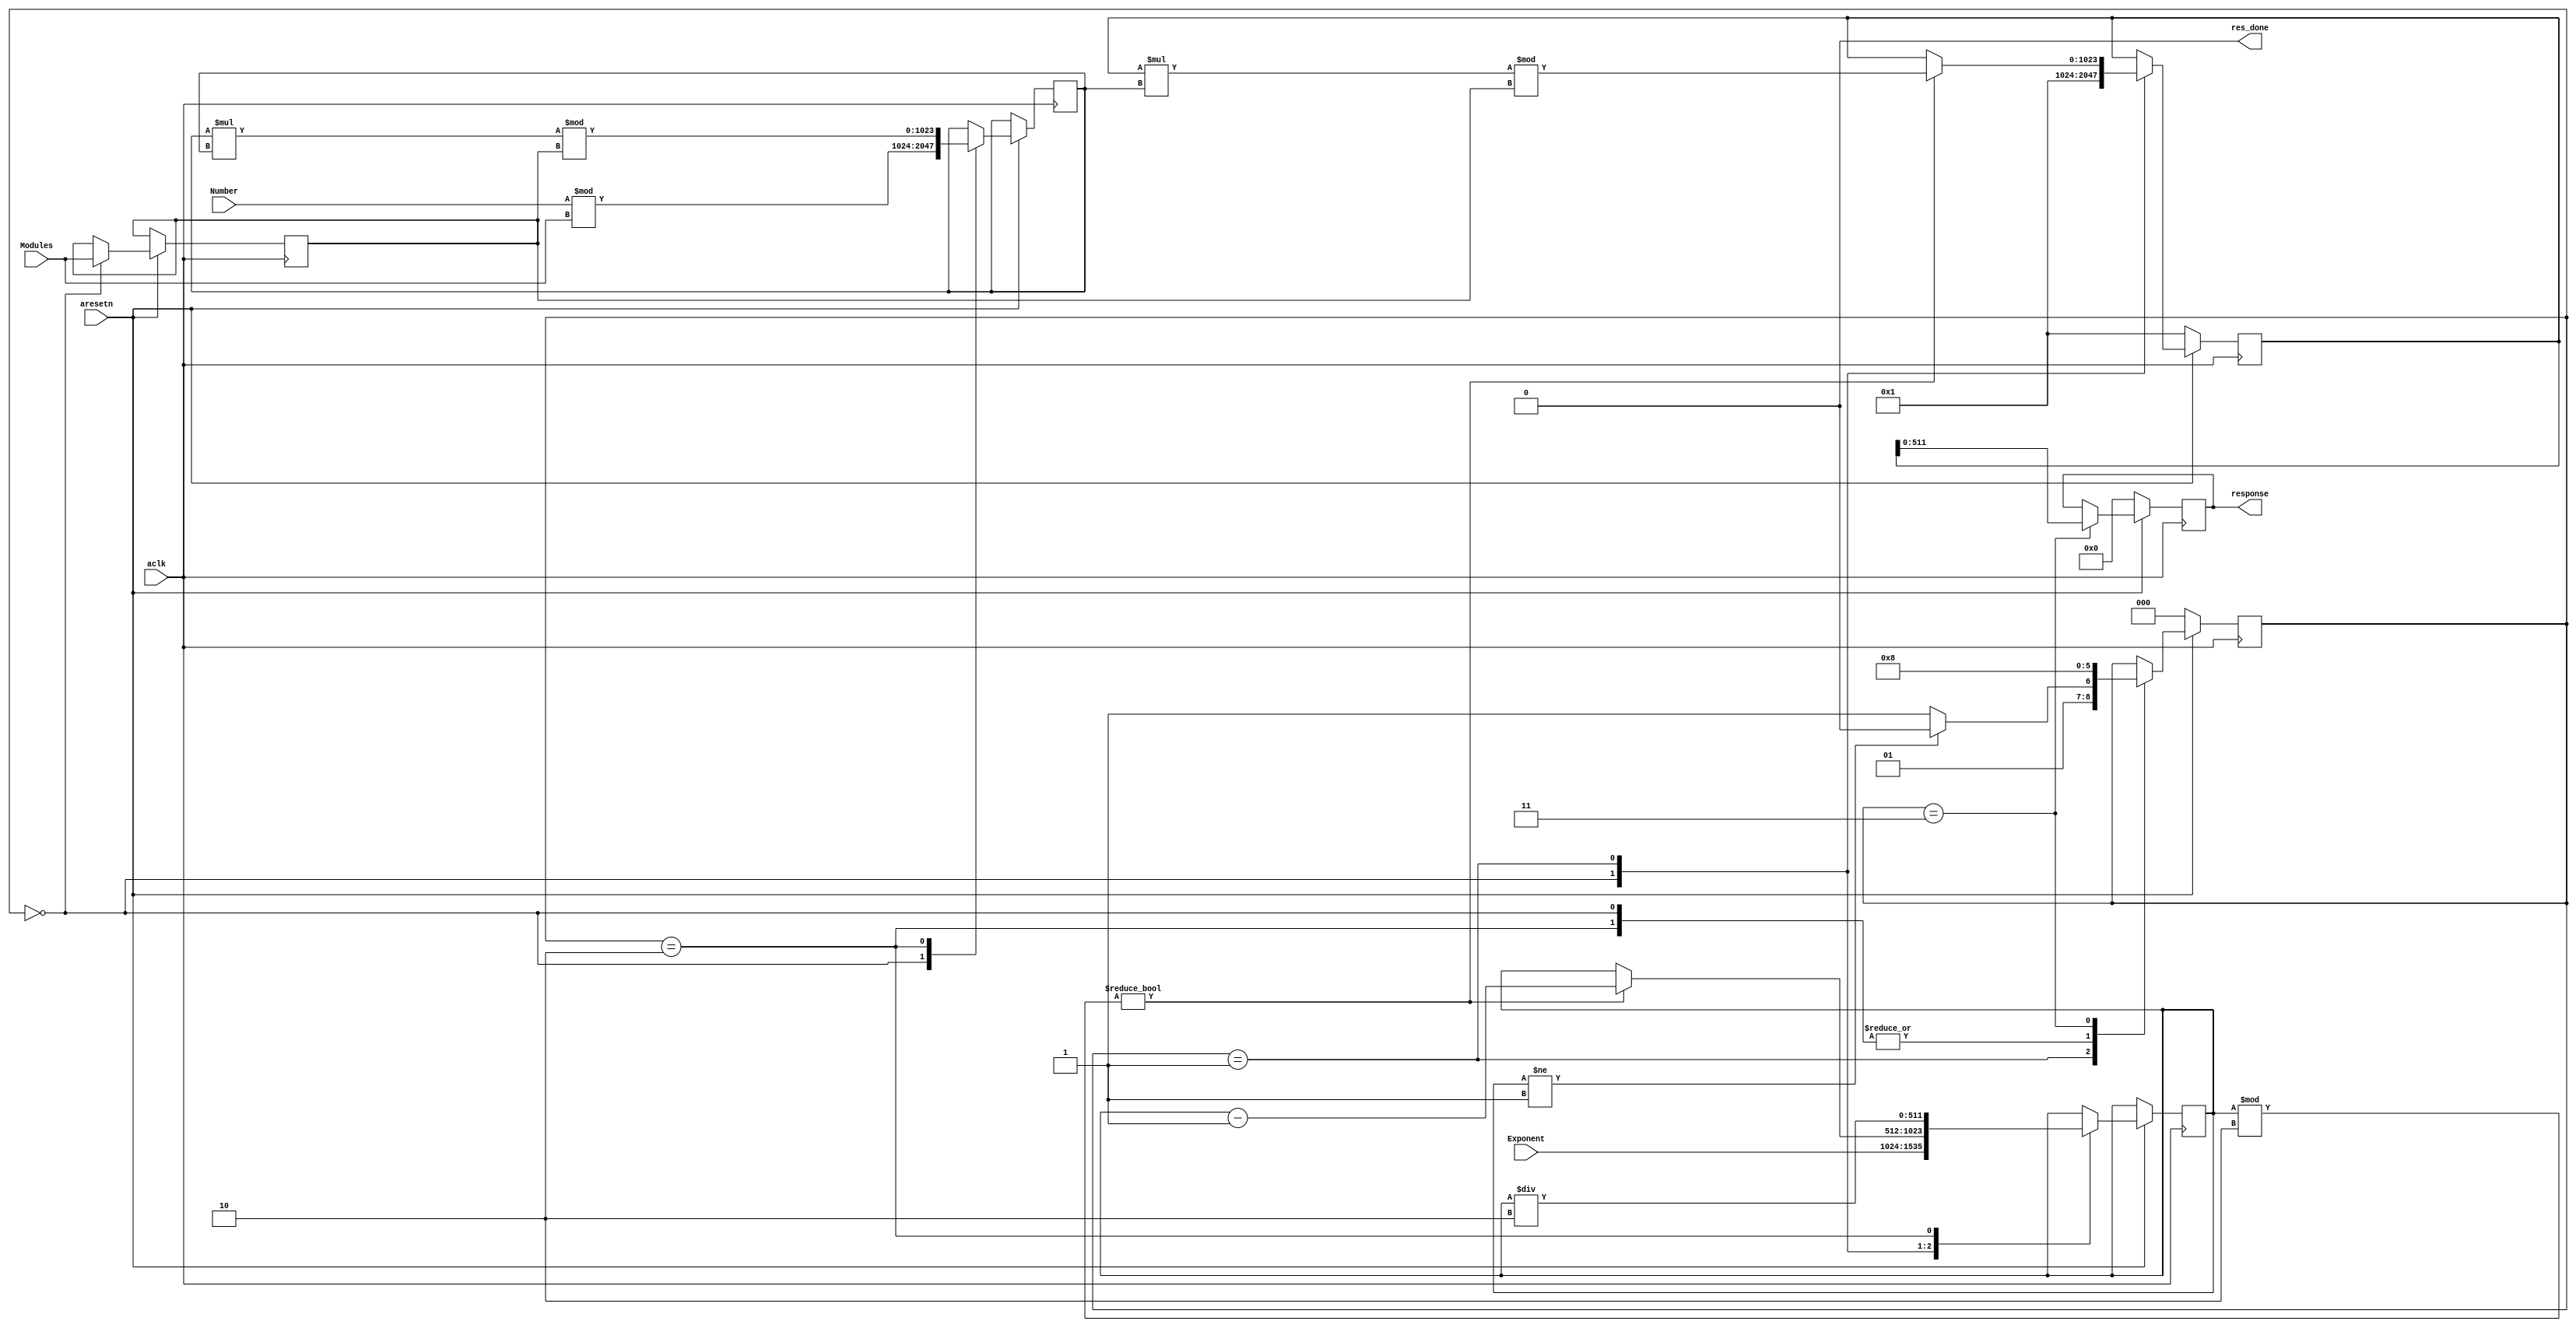
`timescale 1ns / 1ps

module mod_power 
#(
	parameter       WIDTH 	= 512
)(
	input aclk,    // Clock
	input aresetn,  // Asynchronous reset active low

	input wire [WIDTH-1:0] Number,
	input wire [WIDTH-1:0] Exponent,
	input wire [WIDTH-1:0] Modules,

	output reg [WIDTH-1:0] response,
	output reg             res_done


);
//----------------------------------------------------------------
// Parameters.
//----------------------------------------------------------------

localparam STATE_INIT  	= 3'd0;
localparam STATE_ROUND 	= 3'd1;
localparam STATE_NEXT  	= 3'd2;
localparam STATE_DONE  	= 3'd3;
	

//---------------------------------------------------------------------------------------------------------------------
// Internal wires and registers
//---------------------------------------------------------------------------------------------------------------------
reg start;
reg [WIDTH-1:0] E,M;
reg [2*(WIDTH)-1:0] N,R;
reg [2:0] state;
//----------------------------------------------------------------
// assignments for ports.
//----------------------------------------------------------------

//---------------------------------------------------------------------------------------------------------------------
// Implementation
//---------------------------------------------------------------------------------------------------------------------
always @(Number,Modules,Exponent) begin 
	start = 1'b1;
	res_done <= 1'b0;
end


always @(posedge aclk) begin 
	if(!aresetn) begin
		state <= STATE_INIT;
	end else begin
		case (state)
			STATE_INIT :
			begin
				if (start) begin
					state <= STATE_ROUND;
				end
			end
			STATE_ROUND :
			begin
				if (E != 512'd1) begin
					state 	<= STATE_NEXT;
				end else begin
					state   <= STATE_DONE;
				end
				
			end
			STATE_NEXT  :
			begin
				state <= STATE_ROUND;
			end
			STATE_DONE  :
			begin
				state <= STATE_INIT;
		    end 
			
		
			default : /* default */;
		endcase
	end
end

always @(posedge aclk) begin 
	if(!aresetn) begin
		start 		<= 1'b0;
		response	<= 512'b0;
		res_done	<= 1'b0;
		R           <= 512'd1;
	end else begin
		case (state)
			STATE_INIT :
			begin
				N 	<= Number%Modules;
				E 	<= Exponent;
				M 	<= Modules;
				R   <= 512'd1;
			end
			STATE_ROUND :
			begin
				start <= 1'b0;
				if (E%2) begin //if m is odd
					R <= (R*N)%M; 
					E <= E - 512'd1;
				end
			end
			STATE_NEXT  :
			begin
				N <= (N*N)%M;
				E <= E/2;
			end
			STATE_DONE  :
			begin
				response <= R;
				res_done <= 1'b1;
		    end 
			
		
			default : /* default */;
		endcase
	end
end


endmodule //mod_power